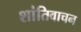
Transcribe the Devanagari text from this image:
शांतिवाचन